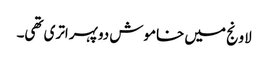
لاونج میں خاموش دوپہر اتری تھی۔